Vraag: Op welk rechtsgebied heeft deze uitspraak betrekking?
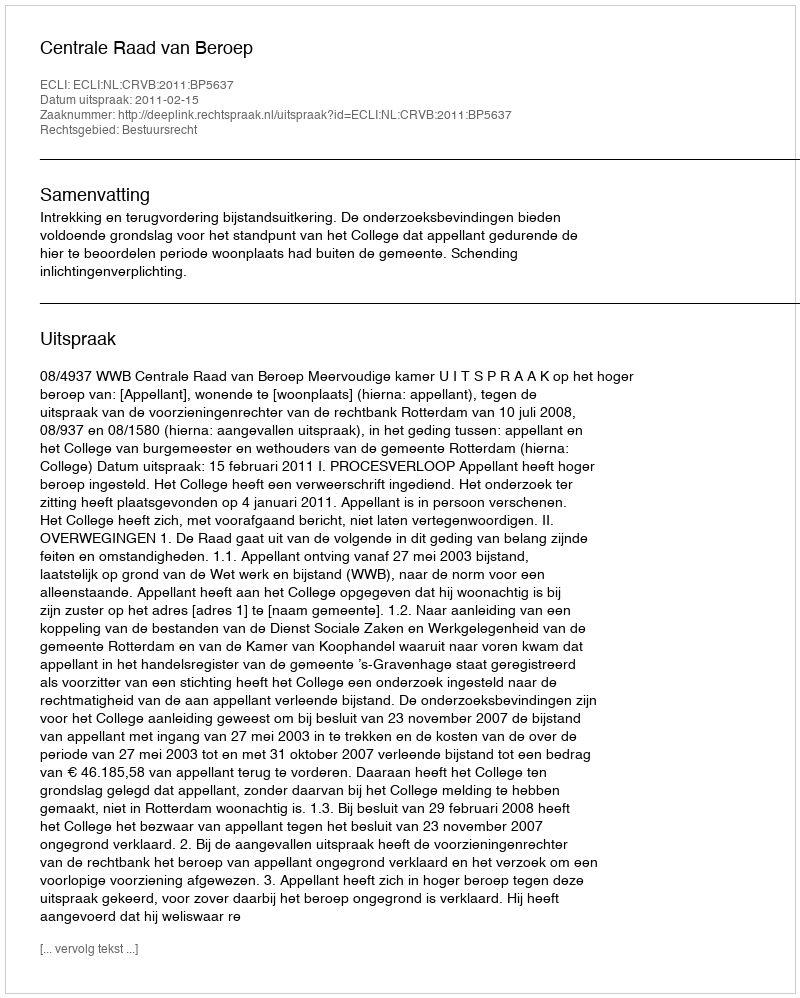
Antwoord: Bestuursrecht